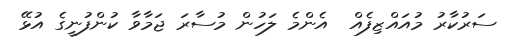
ސަރުކާރު މުއައްޒިފެއް  އެންމެ ލަހުން މުސާރަ ޖަމާވާ ކުންފުނީގެ އުޅޭ